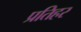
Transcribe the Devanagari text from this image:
प्रतिहर